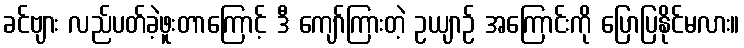
ခင်ဗျား လည်ပတ်ခဲ့ဖူးတာကြောင့် ဒီ ကျော်ကြားတဲ့ ဥယျာဉ် အကြောင်းကို ပြောပြနိုင်မလား။